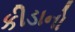
કીડાનો